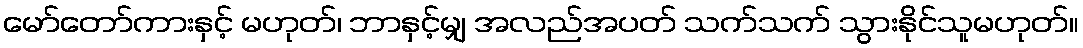
မော်တော်ကားနှင့် မဟုတ်၊ ဘာနှင့်မျှ အလည်အပတ် သက်သက် သွားနိုင်သူမဟုတ်။